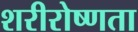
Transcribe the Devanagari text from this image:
शरीरोष्णता